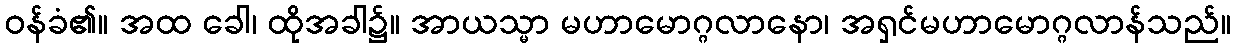
ဝန်ခံ၏။ အထ ခေါ၊ ထိုအခါ၌။ အာယသ္မာ မဟာမောဂ္ဂလာနော၊ အရှင်မဟာမောဂ္ဂလာန်သည်။